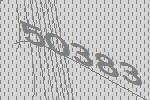
50383